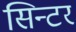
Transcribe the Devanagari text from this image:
सिन्टर